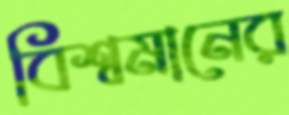
বিশ্বমানের